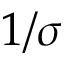
1 / \sigma